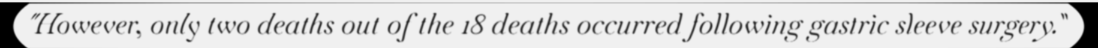
"However, only two deaths out of the 18 deaths occurred following gastric sleeve surgery."